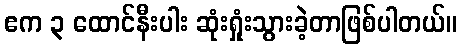
ဧက ၃ ထောင်နီးပါး ဆုံးရှုံးသွားခဲ့တာဖြစ်ပါတယ်။